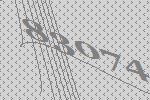
83074